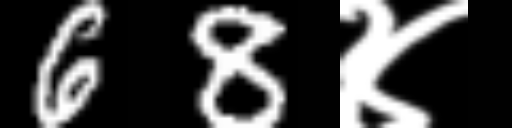
Text: 68४